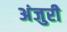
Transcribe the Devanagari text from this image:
अंजुरी